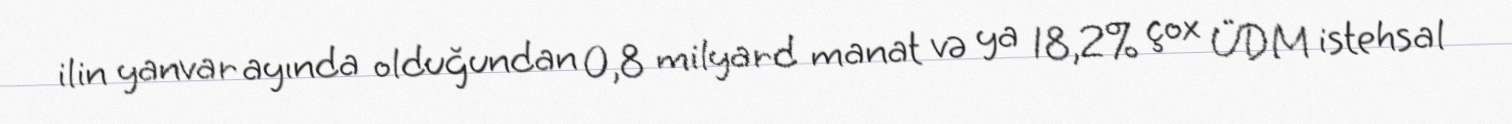
ilin yanvar ayında olduğundan 0,8 milyard manat və ya 18,2% çox ÜDM istehsal